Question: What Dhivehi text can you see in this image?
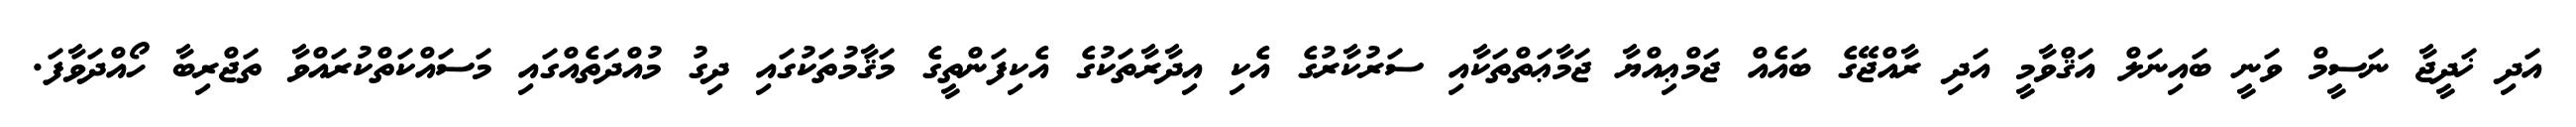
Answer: އަދި ޚަދީޖާ ނަސީމް ވަނީ ބައިނަލް އަޤްވާމީ އަދި ރާއްޖޭގެ ބައެއް ޖަމްޢިއްޔާ ޖަމާޢަތްތަކާއި ސަރުކާރުގެ އެކި އިދާރާތަކުގެ އެކިފަންތީގެ މަޤާމުތަކުގައި ދިގު މުއްދަތެއްގައި މަސައްކަތްކުރައްވާ ތަޖްރިބާ ހޯއްދަވާފަ.